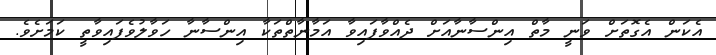
އެކަން އެގޮތަށް ވަނީ މާތް އިންސާނާއަށް ދެއްވާފައިވާ އަމާނާތްތަކާ އިންސާނާ ހަވާލުވެފައިވާތީ ކަމަށެވެ.